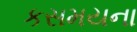
કસમયના